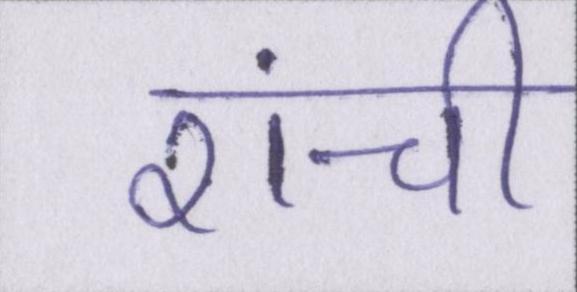
रांची